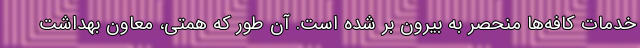
خدمات کافه‌ها منحصر به بیرون بر شده است. آن طور که همتی، معاون بهداشت